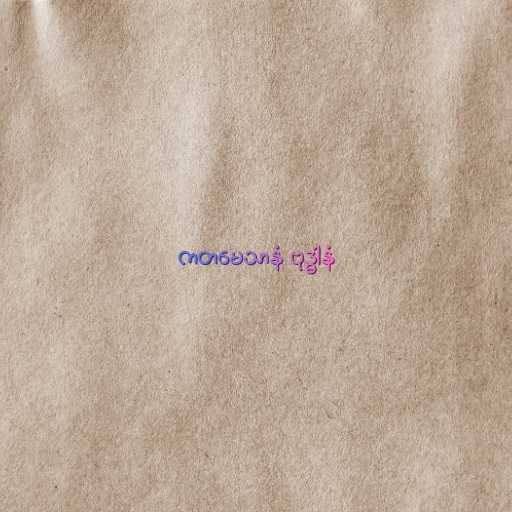
ကတမေသာနံ ဗုဒ္ဓါနံ